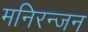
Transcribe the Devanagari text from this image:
मनिरन्जन